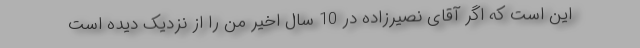
این است که اگر آقای نصیرزاده در 10 سال اخیر من را از نزدیک دیده است